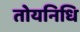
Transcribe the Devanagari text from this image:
तोयनिधि